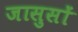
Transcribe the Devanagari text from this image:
जासुसों